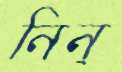
নিন্